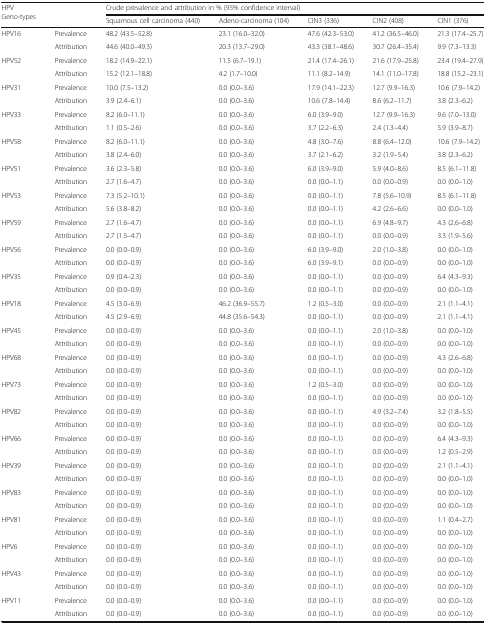
<table><thead><tr><td rowspan="2"><b>HPVGeno-types</b></td><td rowspan="2"></td><td colspan="5"><b>Crude prevalence and attribution in % (95% confidence interval)</b></td></tr><tr><td><b>Squamous cell carcinoma (440)</b></td><td><b>Adeno-carcinoma (104)</b></td><td><b>CIN3 (336)</b></td><td><b>CIN2 (408)</b></td><td><b>CIN1 (376)</b></td></tr></thead><tbody><tr><td rowspan="2">HPV16</td><td>Prevalence</td><td>48.2 (43.5–52.8)</td><td>23.1 (16.0–32.0)</td><td>47.6 (42.3–53.0)</td><td>41.2 (36.5–46.0)</td><td>21.3 (17.4–25.7)</td></tr><tr><td>Attribution</td><td>44.6 (40.0–49.3)</td><td>20.3 (13.7–29.0)</td><td>43.3 (38.1–48.6)</td><td>30.7 (26.4–35.4)</td><td>9.9 (7.3–13.3)</td></tr><tr><td rowspan="2">HPV52</td><td>Prevalence</td><td>18.2 (14.9–22.1)</td><td>11.5 (6.7–19.1)</td><td>21.4 (17.4–26.1)</td><td>21.6 (17.9–25.8)</td><td>23.4 (19.4–27.9)</td></tr><tr><td>Attribution</td><td>15.2 (12.1–18.8)</td><td>4.2 (1.7–10.0)</td><td>11.1 (8.2–14.9)</td><td>14.1 (11.0–17.8)</td><td>18.8 (15.2–23.1)</td></tr><tr><td rowspan="2">HPV31</td><td>Prevalence</td><td>10.0 (7.5–13.2)</td><td>0.0 (0.0–3.6)</td><td>17.9 (14.1–22.3)</td><td>12.7 (9.9–16.3)</td><td>10.6 (7.9–14.2)</td></tr><tr><td>Attribution</td><td>3.9 (2.4–6.1)</td><td>0.0 (0.0–3.6)</td><td>10.6 (7.8–14.4)</td><td>8.6 (6.2–11.7)</td><td>3.8 (2.3–6.2)</td></tr><tr><td rowspan="2">HPV33</td><td>Prevalence</td><td>8.2 (6.0–11.1)</td><td>0.0 (0.0–3.6)</td><td>6.0 (3.9–9.0)</td><td>12.7 (9.9–16.3)</td><td>9.6 (7.0–13.0)</td></tr><tr><td>Attribution</td><td>1.1 (0.5–2.6)</td><td>0.0 (0.0–3.6)</td><td>3.7 (2.2–6.3)</td><td>2.4 (1.3–4.4)</td><td>5.9 (3.9–8.7)</td></tr><tr><td rowspan="2">HPV58</td><td>Prevalence</td><td>8.2 (6.0–11.1)</td><td>0.0 (0.0–3.6)</td><td>4.8 (3.0–7.6)</td><td>8.8 (6.4–12.0)</td><td>10.6 (7.9–14.2)</td></tr><tr><td>Attribution</td><td>3.8 (2.4–6.0)</td><td>0.0 (0.0–3.6)</td><td>3.7 (2.1–6.2)</td><td>3.2 (1.9–5.4)</td><td>3.8 (2.3–6.2)</td></tr><tr><td rowspan="2">HPV51</td><td>Prevalence</td><td>3.6 (2.3–5.8)</td><td>0.0 (0.0–3.6)</td><td>6.0 (3.9–9.0)</td><td>5.9 (4.0–8.6)</td><td>8.5 (6.1–11.8)</td></tr><tr><td>Attribution</td><td>2.7 (1.6–4.7)</td><td>0.0 (0.0–3.6)</td><td>0.0 (0.0–1.1)</td><td>0.0 (0.0–0.9)</td><td>0.0 (0.0–1.0)</td></tr><tr><td rowspan="2">HPV53</td><td>Prevalence</td><td>7.3 (5.2–10.1)</td><td>0.0 (0.0–3.6)</td><td>0.0 (0.0–1.1)</td><td>7.8 (5.6–10.9)</td><td>8.5 (6.1–11.8)</td></tr><tr><td>Attribution</td><td>5.6 (3.8–8.2)</td><td>0.0 (0.0–3.6)</td><td>0.0 (0.0–1.1)</td><td>4.2 (2.6–6.6)</td><td>0.0 (0.0–1.0)</td></tr><tr><td rowspan="2">HPV59</td><td>Prevalence</td><td>2.7 (1.6–4.7)</td><td>0.0 (0.0–3.6)</td><td>0.0 (0.0–1.1)</td><td>6.9 (4.8–9.7)</td><td>4.3 (2.6–6.8)</td></tr><tr><td>Attribution</td><td>2.7 (1.5–4.7)</td><td>0.0 (0.0–3.6)</td><td>0.0 (0.0–1.1)</td><td>0.0 (0.0–0.9)</td><td>3.3 (1.9–5.6)</td></tr><tr><td rowspan="2">HPV56</td><td>Prevalence</td><td>0.0 (0.0–0.9)</td><td>0.0 (0.0–3.6)</td><td>6.0 (3.9–9.0)</td><td>2.0 (1.0–3.8)</td><td>0.0 (0.0–1.0)</td></tr><tr><td>Attribution</td><td>0.0 (0.0–0.9)</td><td>0.0 (0.0–3.6)</td><td>6.0 (3.9–9.1)</td><td>0.0 (0.0–0.9)</td><td>0.0 (0.0–1.0)</td></tr><tr><td rowspan="2">HPV35</td><td>Prevalence</td><td>0.9 (0.4–2.3)</td><td>0.0 (0.0–3.6)</td><td>0.0 (0.0–1.1)</td><td>0.0 (0.0–0.9)</td><td>6.4 (4.3–9.3)</td></tr><tr><td>Attribution</td><td>0.0 (0.0–0.9)</td><td>0.0 (0.0–3.6)</td><td>0.0 (0.0–1.1)</td><td>0.0 (0.0–0.9)</td><td>0.0 (0.0–1.0)</td></tr><tr><td rowspan="2">HPV18</td><td>Prevalence</td><td>4.5 (3.0–6.9)</td><td>46.2 (36.9–55.7)</td><td>1.2 (0.5–3.0)</td><td>0.0 (0.0–0.9)</td><td>2.1 (1.1–4.1)</td></tr><tr><td>Attribution</td><td>4.5 (2.9–6.9)</td><td>44.8 (35.6–54.3)</td><td>0.0 (0.0–1.1)</td><td>0.0 (0.0–0.9)</td><td>2.1 (1.1–4.1)</td></tr><tr><td rowspan="2">HPV45</td><td>Prevalence</td><td>0.0 (0.0–0.9)</td><td>0.0 (0.0–3.6)</td><td>0.0 (0.0–1.1)</td><td>2.0 (1.0–3.8)</td><td>0.0 (0.0–1.0)</td></tr><tr><td>Attribution</td><td>0.0 (0.0–0.9)</td><td>0.0 (0.0–3.6)</td><td>0.0 (0.0–1.1)</td><td>0.0 (0.0–0.9)</td><td>0.0 (0.0–1.0)</td></tr><tr><td rowspan="2">HPV68</td><td>Prevalence</td><td>0.0 (0.0–0.9)</td><td>0.0 (0.0–3.6)</td><td>0.0 (0.0–1.1)</td><td>0.0 (0.0–0.9)</td><td>4.3 (2.6–6.8)</td></tr><tr><td>Attribution</td><td>0.0 (0.0–0.9)</td><td>0.0 (0.0–3.6)</td><td>0.0 (0.0–1.1)</td><td>0.0 (0.0–0.9)</td><td>0.0 (0.0–1.0)</td></tr><tr><td rowspan="2">HPV73</td><td>Prevalence</td><td>0.0 (0.0–0.9)</td><td>0.0 (0.0–3.6)</td><td>1.2 (0.5–3.0)</td><td>0.0 (0.0–0.9)</td><td>0.0 (0.0–1.0)</td></tr><tr><td>Attribution</td><td>0.0 (0.0–0.9)</td><td>0.0 (0.0–3.6)</td><td>0.0 (0.0–1.1)</td><td>0.0 (0.0–0.9)</td><td>0.0 (0.0–1.0)</td></tr><tr><td rowspan="2">HPV82</td><td>Prevalence</td><td>0.0 (0.0–0.9)</td><td>0.0 (0.0–3.6)</td><td>0.0 (0.0–1.1)</td><td>4.9 (3.2–7.4)</td><td>3.2 (1.8–5.5)</td></tr><tr><td>Attribution</td><td>0.0 (0.0–0.9)</td><td>0.0 (0.0–3.6)</td><td>0.0 (0.0–1.1)</td><td>0.0 (0.0–0.9)</td><td>0.0 (0.0–1.0)</td></tr><tr><td rowspan="2">HPV66</td><td>Prevalence</td><td>0.0 (0.0–0.9)</td><td>0.0 (0.0–3.6)</td><td>0.0 (0.0–1.1)</td><td>0.0 (0.0–0.9)</td><td>6.4 (4.3–9.3)</td></tr><tr><td>Attribution</td><td>0.0 (0.0–0.9)</td><td>0.0 (0.0–3.6)</td><td>0.0 (0.0–1.1)</td><td>0.0 (0.0–0.9)</td><td>1.2 (0.5–2.9)</td></tr><tr><td rowspan="2">HPV39</td><td>Prevalence</td><td>0.0 (0.0–0.9)</td><td>0.0 (0.0–3.6)</td><td>0.0 (0.0–1.1)</td><td>0.0 (0.0–0.9)</td><td>2.1 (1.1–4.1)</td></tr><tr><td>Attribution</td><td>0.0 (0.0–0.9)</td><td>0.0 (0.0–3.6)</td><td>0.0 (0.0–1.1)</td><td>0.0 (0.0–0.9)</td><td>0.0 (0.0–1.0)</td></tr><tr><td rowspan="2">HPV83</td><td>Prevalence</td><td>0.0 (0.0–0.9)</td><td>0.0 (0.0–3.6)</td><td>0.0 (0.0–1.1)</td><td>0.0 (0.0–0.9)</td><td>0.0 (0.0–1.0)</td></tr><tr><td>Attribution</td><td>0.0 (0.0–0.9)</td><td>0.0 (0.0–3.6)</td><td>0.0 (0.0–1.1)</td><td>0.0 (0.0–0.9)</td><td>0.0 (0.0–1.0)</td></tr><tr><td rowspan="2">HPV81</td><td>Prevalence</td><td>0.0 (0.0–0.9)</td><td>0.0 (0.0–3.6)</td><td>0.0 (0.0–1.1)</td><td>0.0 (0.0–0.9)</td><td>1.1 (0.4–2.7)</td></tr><tr><td>Attribution</td><td>0.0 (0.0–0.9)</td><td>0.0 (0.0–3.6)</td><td>0.0 (0.0–1.1)</td><td>0.0 (0.0–0.9)</td><td>0.0 (0.0–1.0)</td></tr><tr><td rowspan="2">HPV6</td><td>Prevalence</td><td>0.0 (0.0–0.9)</td><td>0.0 (0.0–3.6)</td><td>0.0 (0.0–1.1)</td><td>0.0 (0.0–0.9)</td><td>0.0 (0.0–1.0)</td></tr><tr><td>Attribution</td><td>0.0 (0.0–0.9)</td><td>0.0 (0.0–3.6)</td><td>0.0 (0.0–1.1)</td><td>0.0 (0.0–0.9)</td><td>0.0 (0.0–1.0)</td></tr><tr><td rowspan="2">HPV43</td><td>Prevalence</td><td>0.0 (0.0–0.9)</td><td>0.0 (0.0–3.6)</td><td>0.0 (0.0–1.1)</td><td>0.0 (0.0–0.9)</td><td>0.0 (0.0–1.0)</td></tr><tr><td>Attribution</td><td>0.0 (0.0–0.9)</td><td>0.0 (0.0–3.6)</td><td>0.0 (0.0–1.1)</td><td>0.0 (0.0–0.9)</td><td>0.0 (0.0–1.0)</td></tr><tr><td rowspan="2">HPV11</td><td>Prevalence</td><td>0.0 (0.0–0.9)</td><td>0.0 (0.0–3.6)</td><td>0.0 (0.0–1.1)</td><td>0.0 (0.0–0.9)</td><td>0.0 (0.0–1.0)</td></tr><tr><td>Attribution</td><td>0.0 (0.0–0.9)</td><td>0.0 (0.0–3.6)</td><td>0.0 (0.0–1.1)</td><td>0.0 (0.0–0.9)</td><td>0.0 (0.0–1.0)</td></tr></tbody></table>